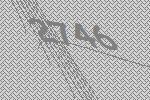
2746